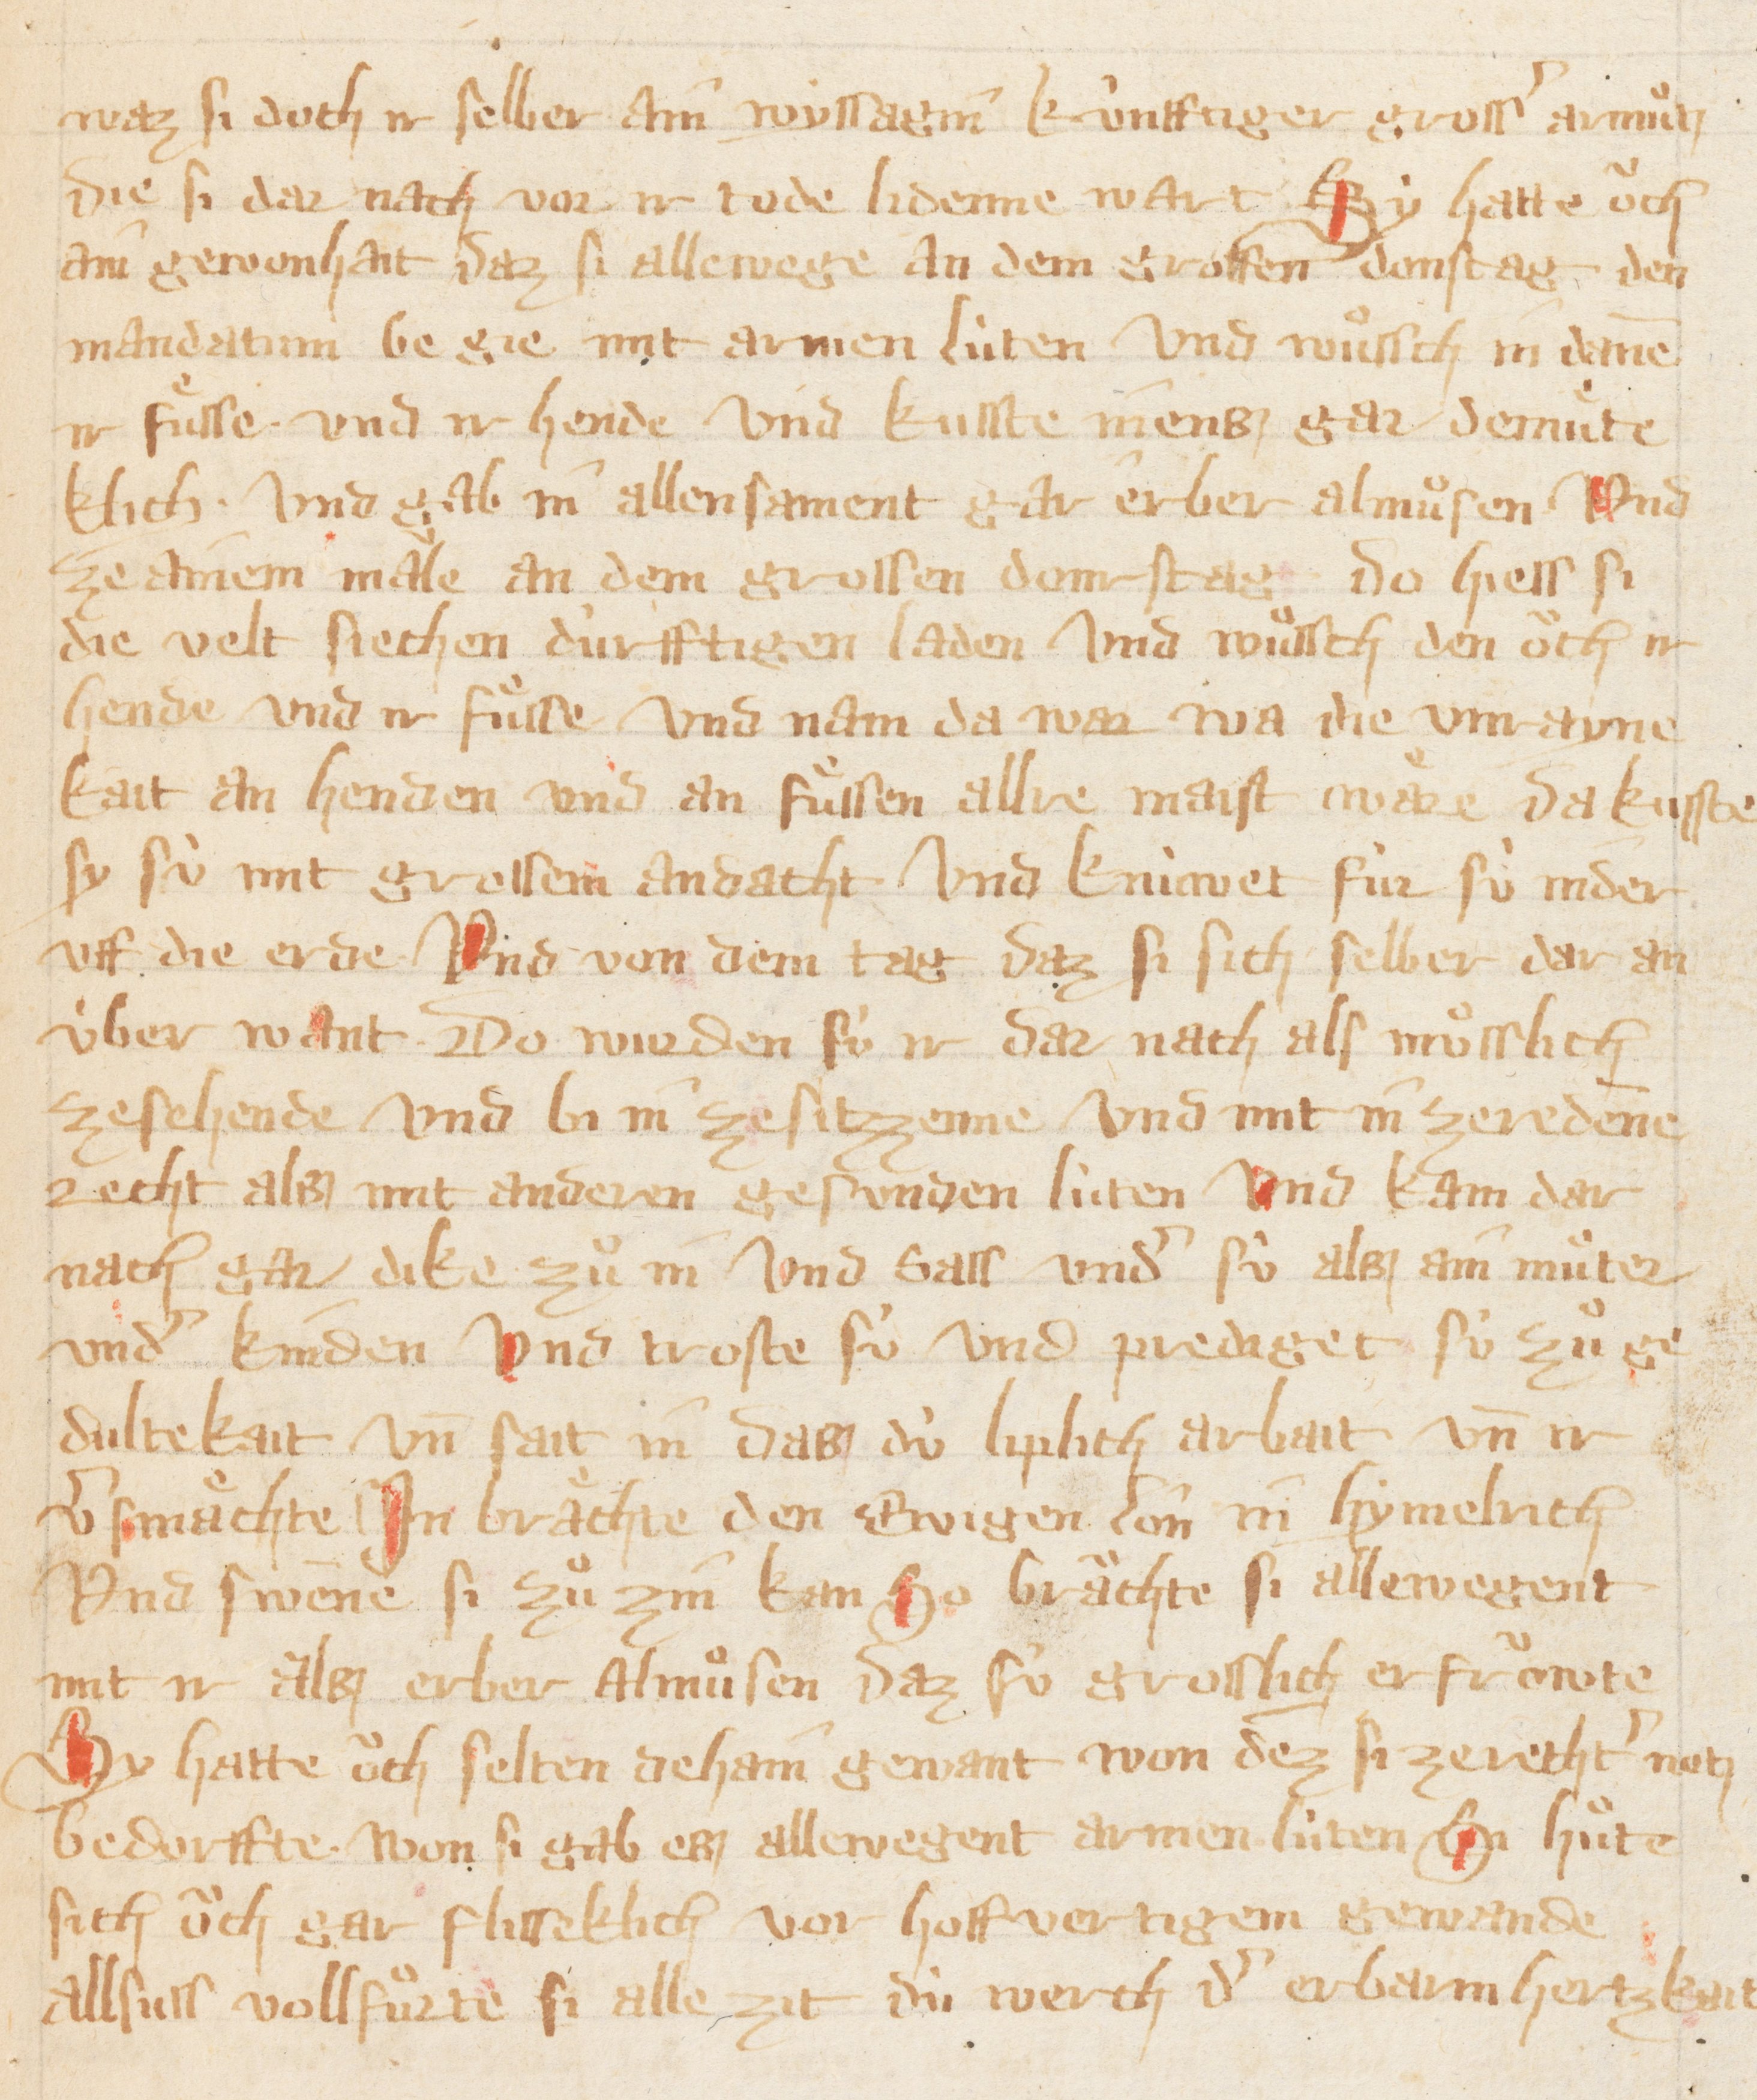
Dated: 1300–1399